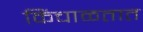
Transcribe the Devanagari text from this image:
किंचाळतात